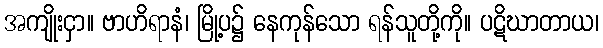
အကျိုးငှာ။ ဗာဟိရာနံ၊ မြို့ပ၌ နေကုန်သော ရန်သူတို့ကို။ ပဋိဃာတာယ၊